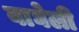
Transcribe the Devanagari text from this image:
बाघेली